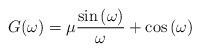
\begin{align*}G(\omega )=\mu \frac{\sin \left( \omega \right) }{\omega }+\cos \left( \omega \right)\end{align*}